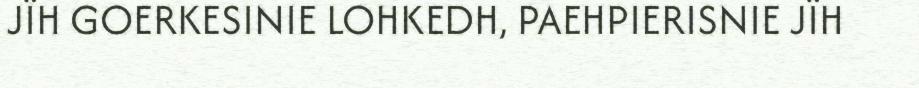
JÏH GOERKESINIE LOHKEDH, PAEHPIERISNIE JÏH